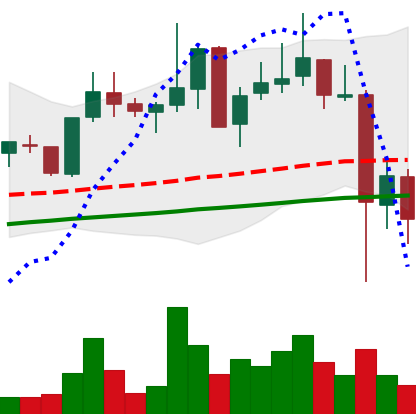
Ticker: XLM-USD
Chart end date: 2021-05-21
Forward return: 6.038%
Label: up_5_7